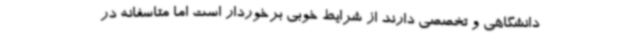
دانشگاهی و تخصصی دارند از شرایط خوبی برخوردار است اما متاسفانه در